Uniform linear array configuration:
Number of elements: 12
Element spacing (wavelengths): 0.25
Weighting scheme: hann
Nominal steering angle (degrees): -30
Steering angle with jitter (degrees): -31.701
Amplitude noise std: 0.05
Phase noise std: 0.05

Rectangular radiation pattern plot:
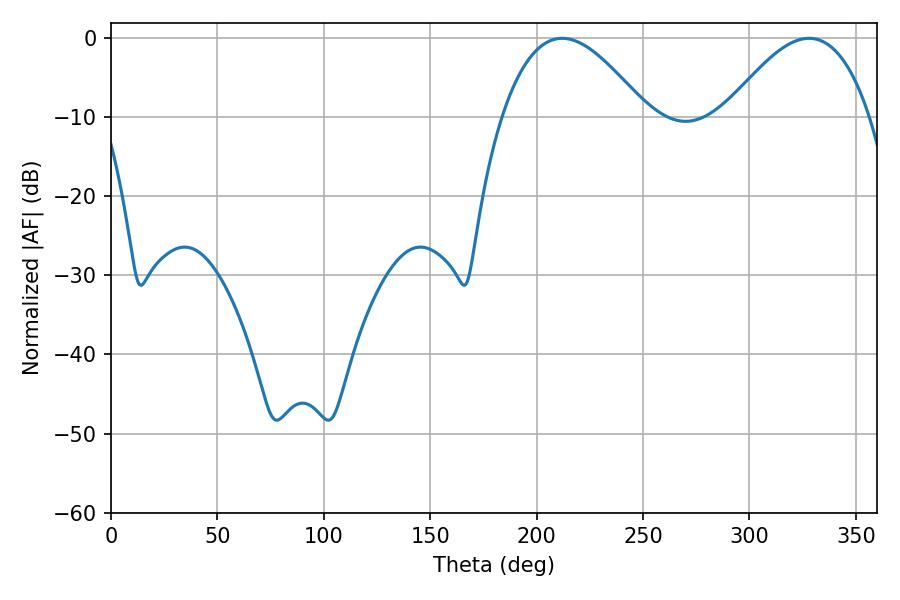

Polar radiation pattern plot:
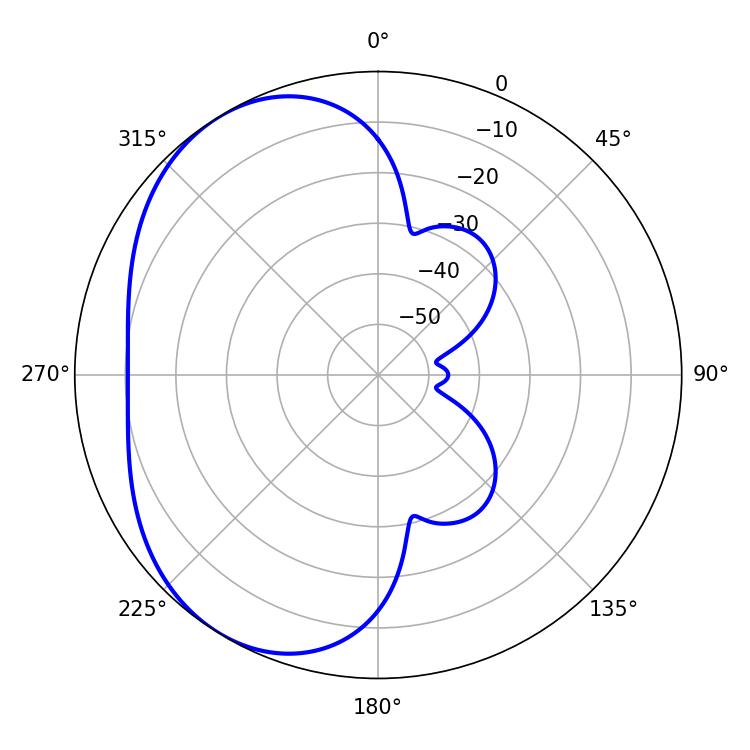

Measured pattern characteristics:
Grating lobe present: FALSE
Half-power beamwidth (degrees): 36.9
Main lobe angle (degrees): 212.04